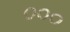
૦૦૦